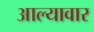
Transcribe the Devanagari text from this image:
आल्यावार